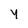
Character: Y